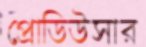
প্রোডিউসার